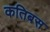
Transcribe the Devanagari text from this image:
कतिबस